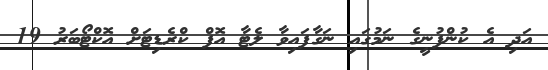
އަދި އެ ކުންފުނީގެ ނަމުގައި ނަގާފައިވާ ލެޓާ އޮފް ކްރެޑިޓަށް އޮކްޓޯބަރު 19